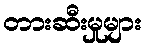
တားဆီးမှုများ